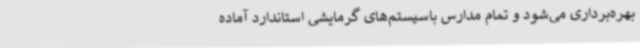
بهره‌برداری می‌شود و تمام مدارس باسیستم‌های گرمایشی استاندارد آماده